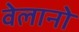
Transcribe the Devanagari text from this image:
वेलानो